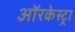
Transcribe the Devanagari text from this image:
ऑरकेस्ट्रा